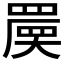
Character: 𡙷